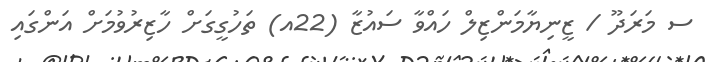
ސ މަރަދޫ / ޒީނިޔާމަންޒިލް ހައްވާ ސައުޒާ (22އ) ތަހުގީގަށް ހާޒިރުވުމަށް އަންގައި